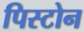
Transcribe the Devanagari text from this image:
पिस्टोन